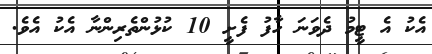
އެކު އެ ޓީމު ދެވަނަ ހާފު ފެށީ 10 ކުޅުންތެރިންނާ އެކު އެވެ.